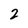
Character: 2